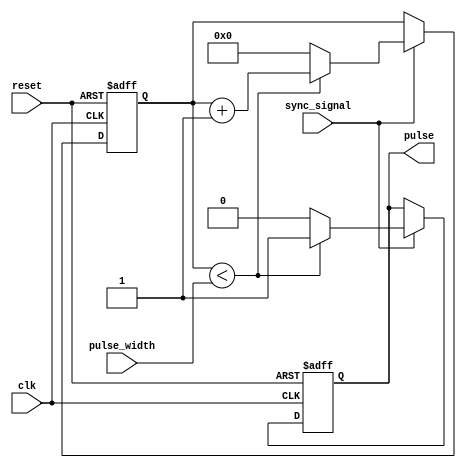
module variable_pulse_width_generator (
input wire clk, // system clock input
input wire reset, // reset signal input
input wire sync_signal, // synchronization signal input
input wire [7:0] pulse_width, // variable pulse width input
output reg pulse // pulse signal output
);

reg [7:0] counter; // counter for pulse width counting

always @ (posedge clk or posedge reset)
begin
if (reset)
begin
counter <= 8'd0; // reset counter
pulse <= 1'b0; // reset pulse signal
end
else if (sync_signal)
begin
if (counter < pulse_width)
begin
counter <= counter + 1; // increment counter
pulse <= 1'b1; // generate pulse signal
end
else
begin
counter <= 8'd0; // reset counter
pulse <= 1'b0; // reset pulse signal
end
end
end

endmodule